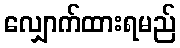
လျှောက်ထားရမည်